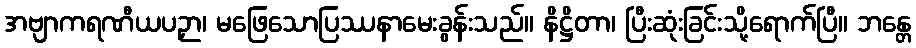
အဗျာကရဏီယပဉှာ၊ မဖြေသောပြဿနာမေးခွန်းသည်။ နိဋ္ဌိတာ၊ ပြီးဆုံးခြင်းသို့ရောက်ပြီ။ ဘန္တေ